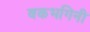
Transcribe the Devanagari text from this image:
बकभगिनी